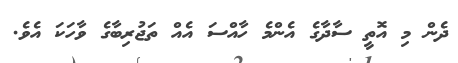
ދެން މި އޮތީ ސާދާގެ އެންމެ ހާއްސަ އެއް ތަޖުރިބާގެ ވާހަކަ އެވެ.